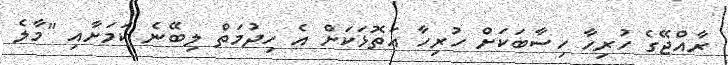
ރާއްޖޭގެ ހުރިހާ ހިސާބަކަށް ހުރިހާ އަތޮޅަކަށް އެ ހިދުމަތް ލިބޭނެ ކަމަށާއި "މާލެ